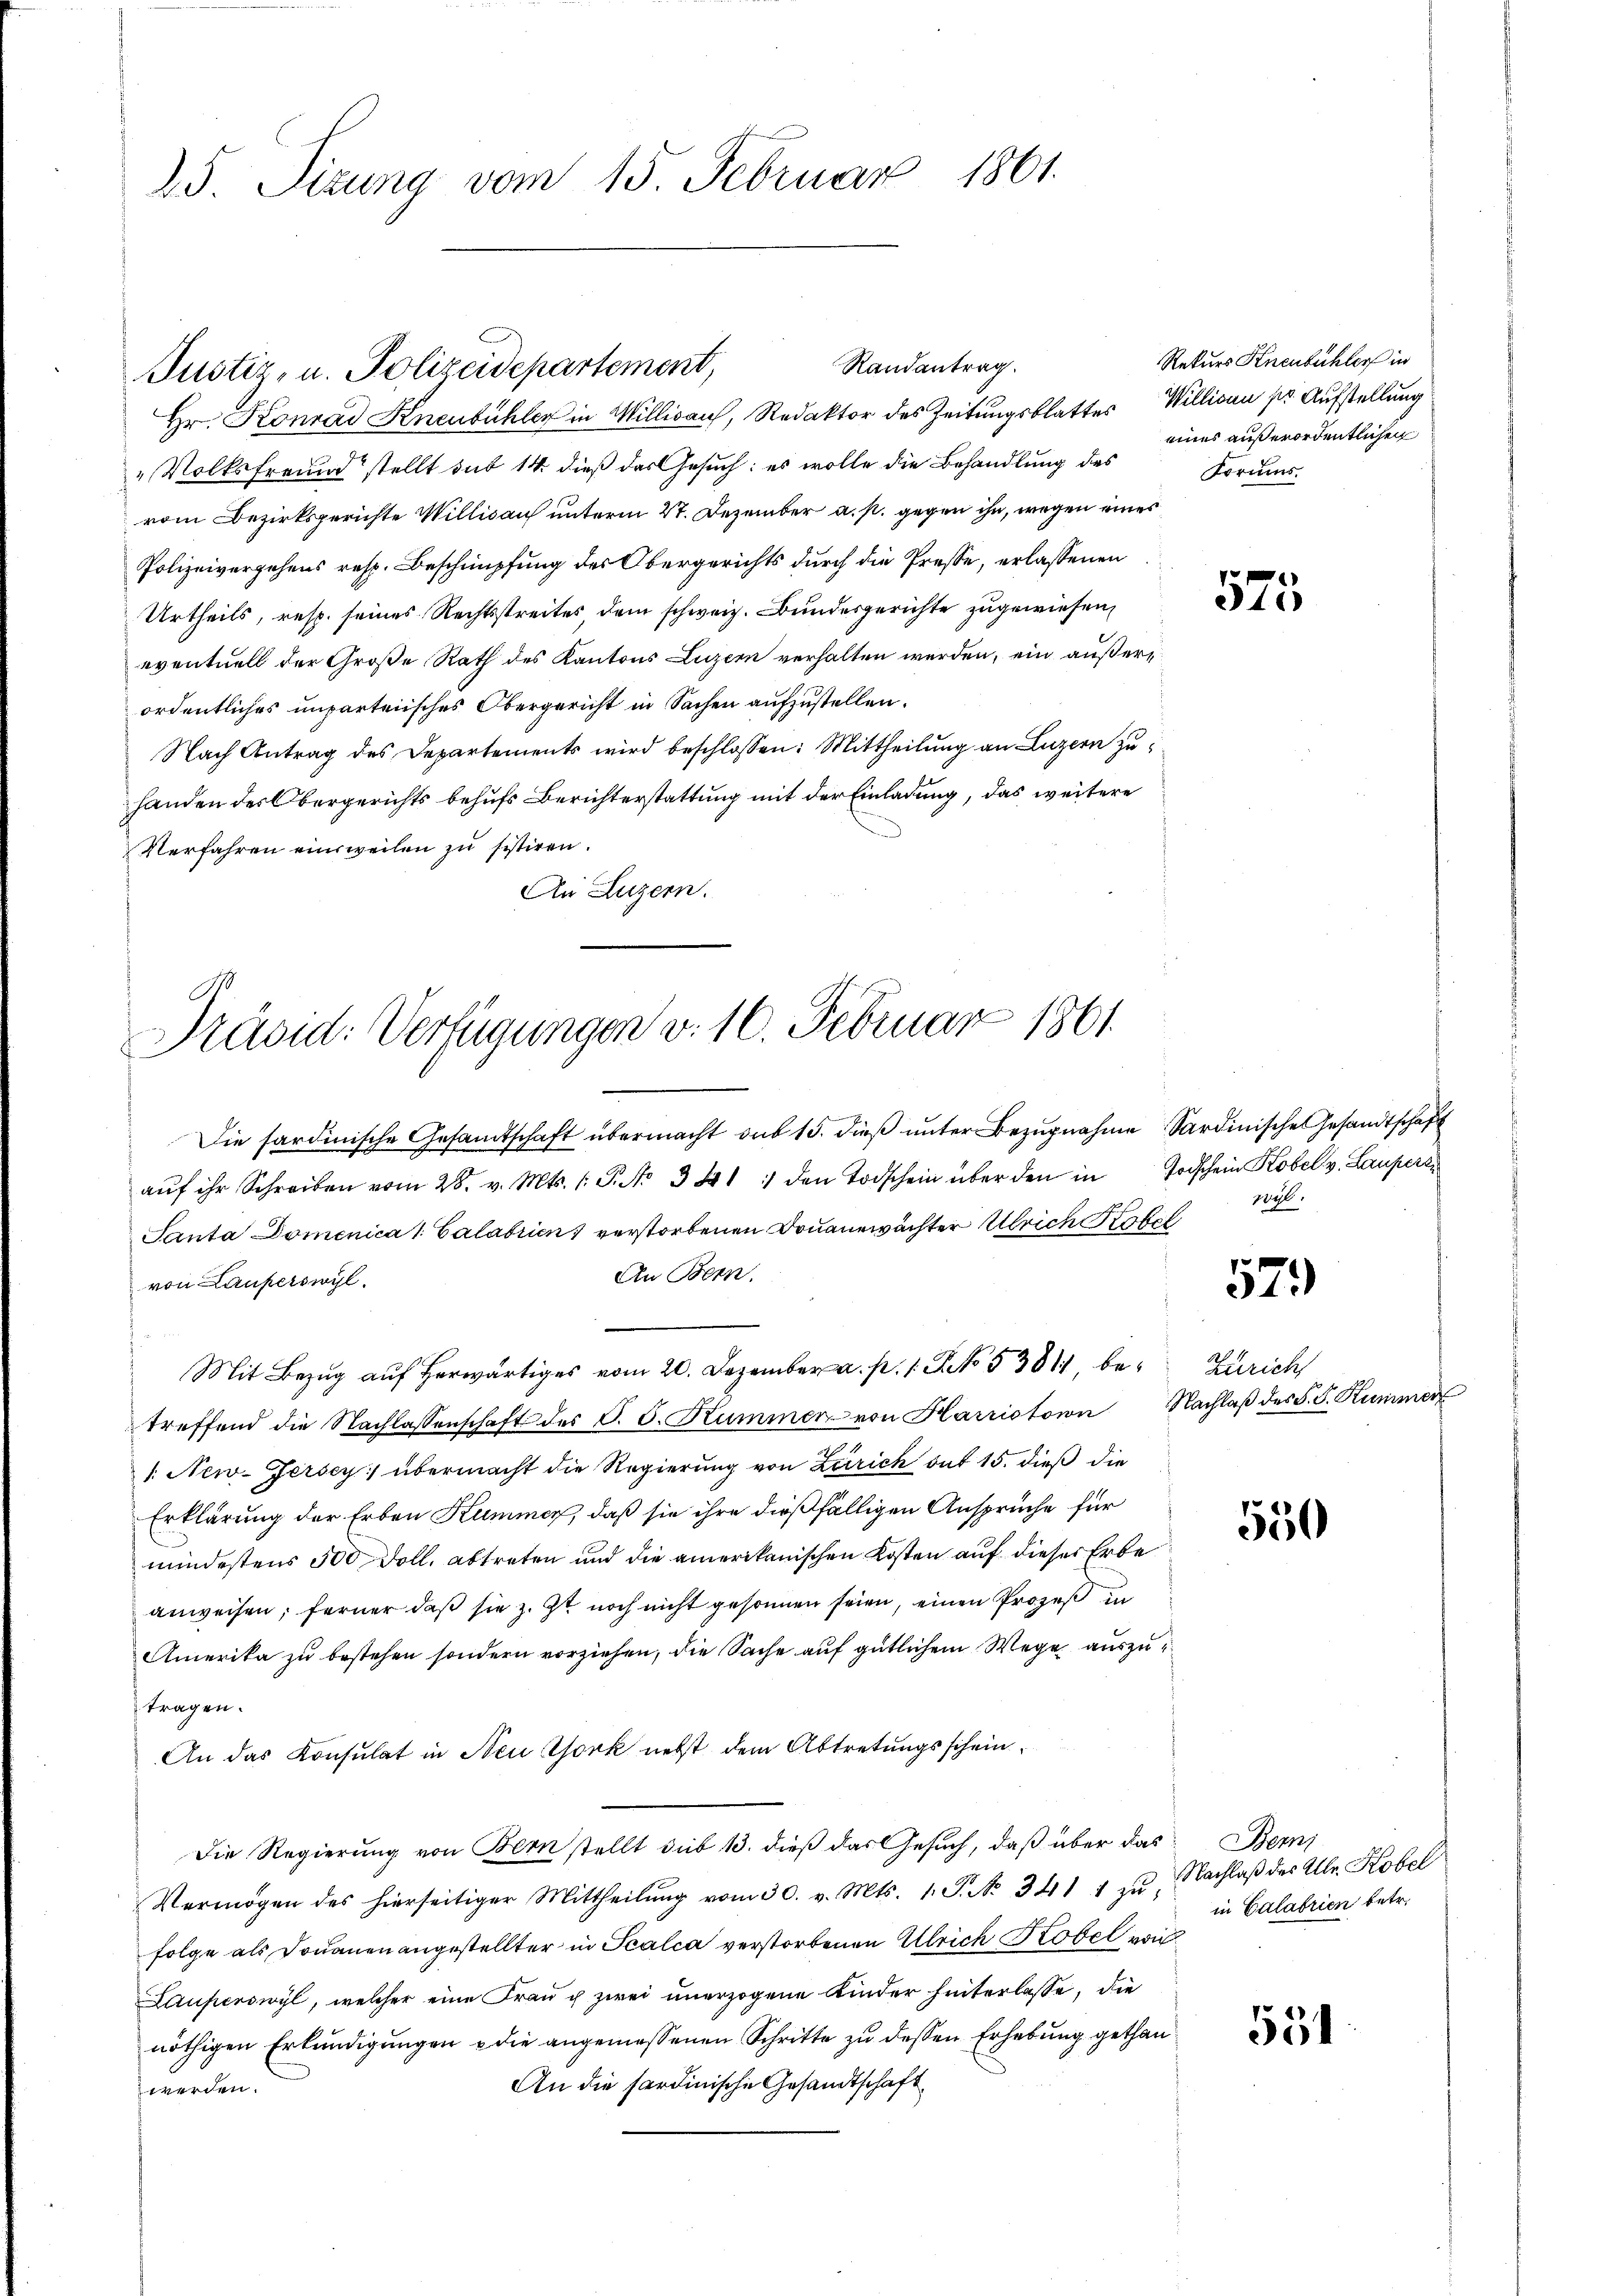
25. Sizung vom 15. Februar 1861.

Hr. Konrad Knenbühler in Millisau, Redaktor des Zeitungsblattes Willioni pr. Aufstellung
"Volksfreund stellt sub 14 dieß das Gesuch: es wolle die Behandlung des
vom Bezirksgerichte Willisauf unterm 27. Dezember a. p. gegen ihn, wegen eines
Polizeivergehens resp. Beschnüpfung des Obergerichts durch die Presse, erlassenen
Urtheils, resp. seines Rechtsstreites dem schweiz. Bundesgerichte zugewiesen,
eventuell der Große Rath des Kantons Luzern verhalten werden, ein außerordentliches unparteiisches Obergericht in Sachen aufzustellen.
Nach Antrag des Departements wird beschlossen: Mittheilung an Luzern zu
handen des Obergerichts behufs Berichterstattung mit der Einladung, das weitere
Verfahren einsweilen zu sistiren.
An Luzern.

Randantrag.
Justiz- u. Polizeidepartement,

Präsid. Verfügungen v. 16. Februar 1861

Die sardinische Gesandtschaft übermacht aus 15. dieβ ŭnter Bezŭgnahme Sardinische Gesandtschaft
aŭf ihr Schreiben vom 28. v. Mts. (: P. Nr. 3841 : den Todschein über den in Todschein Kobel v. Lauperi
Santa Domenica 1 Calabrien verstorbenen Douanewächter Ulrich Kofl
An Bern.
von Lauferswyl

Mit Bezug auf herwärts vom 20. Dezember a. p. 1. 5381, be- Zürich
treffend die Nachlassenschaft des C. C. Kummer von Harristoin Nachlaβ des S. S. Kummer
1. New-Jersey; übermacht die Regierung von Zürich but 15. dieß die
Erklärung der Erben Kummer, daß sie ihre dießfälligen Ansprüche für
mindestens 500 Doll, abtreten und die amerikanischen Kosten auf dieser Erbe
anweisen; ferner daß sie z. it noch nicht gesonnen seien, einen Prozeß in
Amerika zu bestehen sondern vorziehen, die Sache auf gütlichem Wege auszutragen.
An das Konsulat in Neu York nebst dem Abtretungsschein¬
Die Regierung von Bern stellt sub 13. dieß das Gesuch, daß über das Beri
Vermögen des hierseitiger Mittheilŭng vom 30. v. Mts. 1. P. No. 341 1 zu Nachlaβ des Allr. Kobel
folge als Douanen angestellter in Scalca verstorbenen Ulrich Kobel von
Lauperswyl, welcher eine Frau ich zwei unerzogene Kinder hinterlasse, die
nöthigen Erkundigungen u die angemessenen Schritte zu dessen Erhebung gethan
An die Sardinische Gesandtschaft
 werden.

Rekurs Kneubuchler in
eines außerordentlichen
Formus.

p
375.

i.

57

550

in Calabrien betr.

551